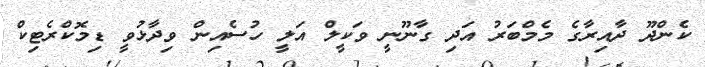
ކެންދޫ ދާއިރާގެ މެމްބަރު އަދި ގާނޫނީ ވަކީލް އަލީ ހުސެއިން ވިދާޅުވީ ޑިމޮކްރެޓިކް